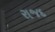
રાજદ